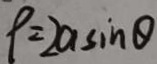
\rho = 2 a \sin \theta